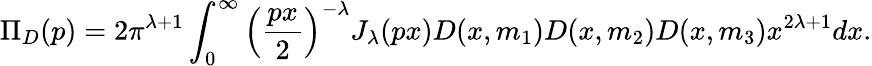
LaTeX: \Pi_{D}(p)=2\pi^{\lambda+1}\int_{0}^{\infty}\left(\frac{px}2\right)^{-\lambda}J_{\lambda}(px)D(x,m_{1})D(x,m_{2})D(x,m_{3})x^{2\lambda+1}dx.